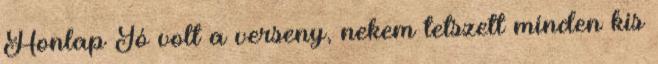
Honlap Jó volt a verseny, nekem tetszett minden kis